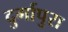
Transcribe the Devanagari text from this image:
दुर्गापुरा